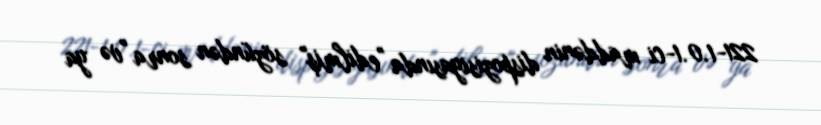
221-1.0.1-ci maddənin dispozisiyasında "edilmiş" sözündən sonra "və ya